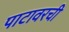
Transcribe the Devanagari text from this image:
पाटावरची